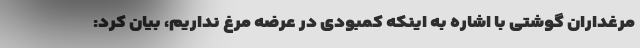
مرغداران گوشتی با اشاره به اینکه کمبودی در عرضه مرغ نداریم، بیان کرد: